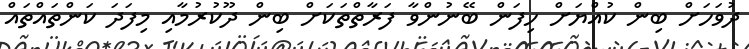
ދުވަހަށް ބިން ކުއްޔަށް ހިފަން ބޭނުންވާ ފަރާތްތަކަށް ބިން ދޫކުރުމާއި މިފަދަ ކަންތައްތައް